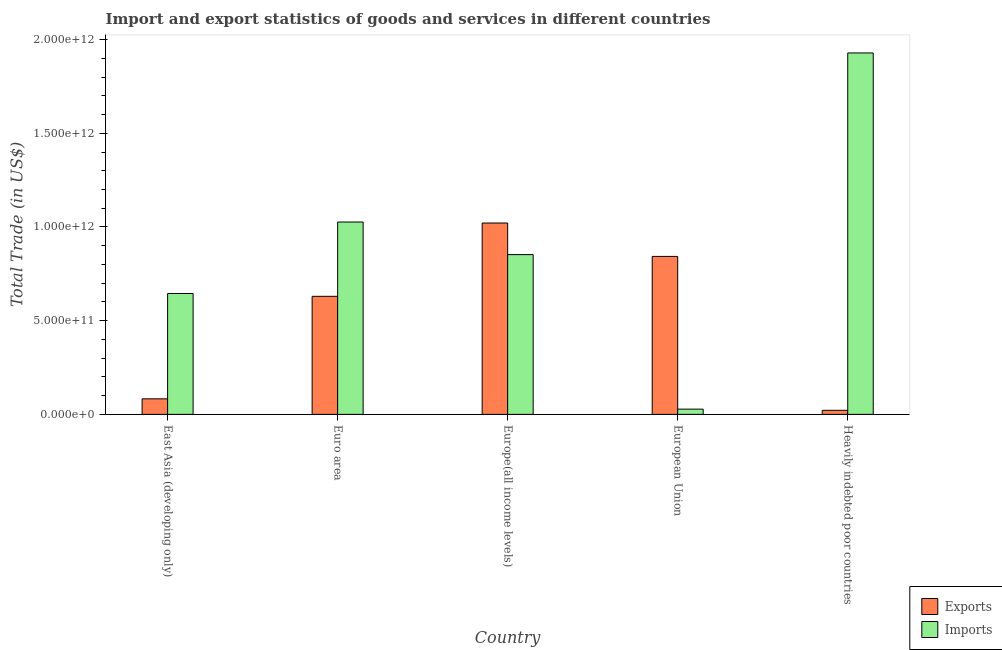
| Country | Exports | Imports |
 | --- | --- | --- |
 | East Asia (developing only) | 8.29e+10 | 6.45e+11 |
 | Euro area | 6.3e+11 | 1.03e+12 |
 | Europe(all income levels) | 1.02e+12 | 8.52e+11 |
 | European Union | 8.43e+11 | 2.8e+10 |
 | Heavily indebted poor countries | 2.17e+10 | 1.93e+12 |